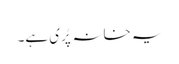
یہ خانہ پُری ہے۔